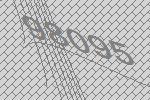
98095